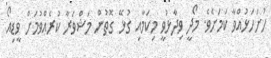
ހުށަހަޅުއްވާ ކަމަށެވެ. މޯދީ ވިދާޅުވީ މިކަމާއި ގުޅޭ ގޮތުން މަޝްވަރާ ކުރެއްވުމަށް ވީޑިއޯ